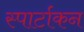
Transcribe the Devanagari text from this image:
स्पार्टाकन